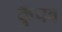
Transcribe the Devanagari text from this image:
कुँपव